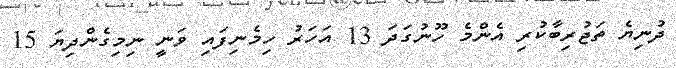
ދުނިޔެ ތަޖުރިބާކުރި އެންމެ ހޫނުގަދަ 13 އަހަރު ހިމެނިފައި ވަނީ ނިމިގެންދިޔަ 15